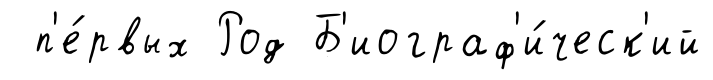
п'е́рвых Род Б'иограф'и́ческ'ий